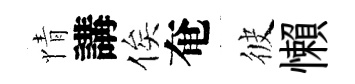
情講俟奄彼懶